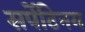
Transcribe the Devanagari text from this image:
सर्पेटिनम